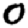
Digit: 0